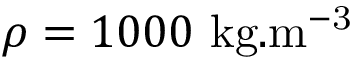
\rho = 1 0 0 0 ~ \mathrm { k g . m ^ { - 3 } }